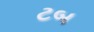
ટબ